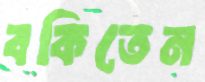
বকিতেন